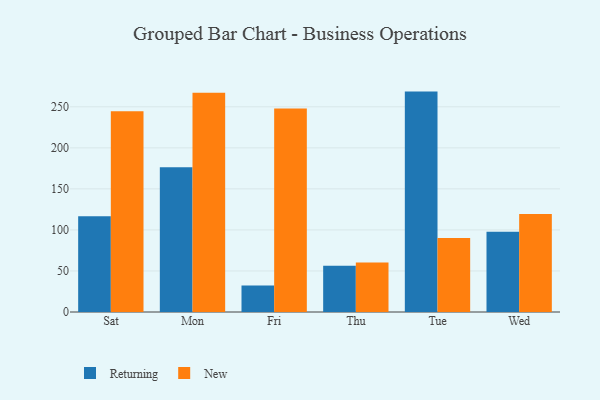
{"axis": {"x": "Day", "y": "Operating Costs (USD K)"}, "legend": ["New", "Returning"], "data": [{"x": "Sat", "y": 116.6, "type": "Returning"}, {"x": "Sat", "y": 244.5, "type": "New"}, {"x": "Mon", "y": 176.2, "type": "Returning"}, {"x": "Mon", "y": 267.1, "type": "New"}, {"x": "Fri", "y": 32.3, "type": "Returning"}, {"x": "Fri", "y": 247.9, "type": "New"}, {"x": "Thu", "y": 56.3, "type": "Returning"}, {"x": "Thu", "y": 60.3, "type": "New"}, {"x": "Tue", "y": 268.5, "type": "Returning"}, {"x": "Tue", "y": 90.3, "type": "New"}, {"x": "Wed", "y": 97.8, "type": "Returning"}, {"x": "Wed", "y": 119.4, "type": "New"}]}